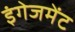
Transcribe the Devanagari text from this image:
इंगेजमेंट